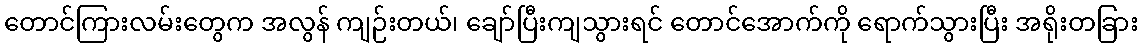
တောင်ကြားလမ်းတွေက အလွန် ကျဉ်းတယ်၊ ချော်ပြီးကျသွားရင် တောင်အောက်ကို ရောက်သွားပြီး အရိုးတခြား